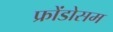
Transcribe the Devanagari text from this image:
फ्रोंडोसम